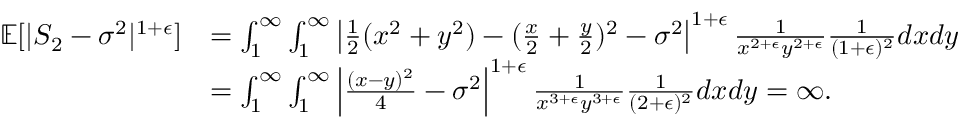
\begin{array} { r l } { \mathbb { E } [ | S _ { 2 } - \sigma ^ { 2 } | ^ { 1 + \epsilon } ] } & { = \int _ { 1 } ^ { \infty } \int _ { 1 } ^ { \infty } \left| \frac { 1 } { 2 } ( x ^ { 2 } + y ^ { 2 } ) - ( \frac { x } { 2 } + \frac { y } { 2 } ) ^ { 2 } - \sigma ^ { 2 } \right| ^ { 1 + \epsilon } \frac { 1 } { x ^ { 2 + \epsilon } y ^ { 2 + \epsilon } } \frac { 1 } { ( 1 + \epsilon ) ^ { 2 } } d x d y } \\ & { = \int _ { 1 } ^ { \infty } \int _ { 1 } ^ { \infty } \left| \frac { ( x - y ) ^ { 2 } } { 4 } - \sigma ^ { 2 } \right| ^ { 1 + \epsilon } \frac { 1 } { x ^ { 3 + \epsilon } y ^ { 3 + \epsilon } } \frac { 1 } { ( 2 + \epsilon ) ^ { 2 } } d x d y = \infty . } \end{array}